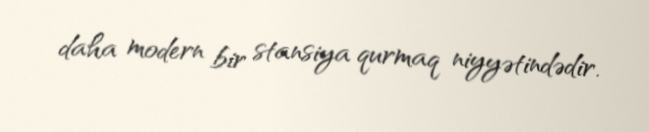
daha modern bir stansiya qurmaq niyyətindədir.